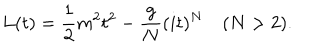
LaTeX: L ( t ) = { \frac { 1 } { 2 } } m ^ { 2 } t ^ { 2 } - { \frac { g } { N } } ( i t ) ^ { N } \quad ( N > 2 ) .